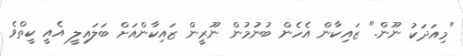
"މިއަދަކު ނޫން." ޒައިކާން އެހެން ބުނުމުން ނޫރީން ޒައިކާންއަށް ބަލައިލީ އެއީ ކީތްވެ